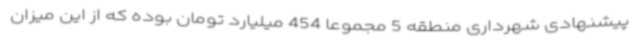
پیشنهادی شهرداری منطقه 5 مجموعا 454 میلیارد تومان بوده که از این میزان